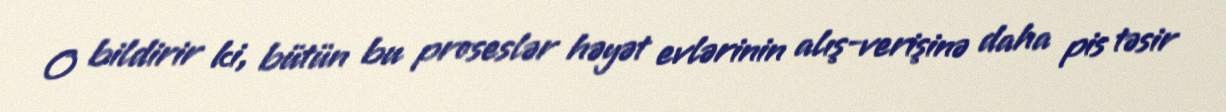
O bildirir ki, bütün bu proseslər həyət evlərinin alış-verişinə daha pis təsir